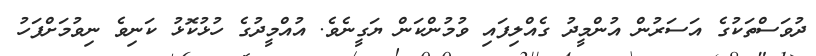
ދުވަސްތަކުގެ އަސަރުން އުންމީދު ގެއްލިފައި ވުމުންކަން ޔަގީނެވެ. އުއްމީދުގެ ހުޅުކޮޅު ކަނިވެ ނިވުމަށްފަހު